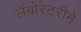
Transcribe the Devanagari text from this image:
लॅबोरेटरीने